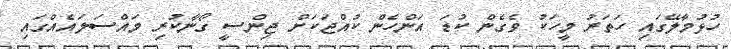
ހުޅުމާލޭގައި ހަތަރު މީހަކު ވެގެން ކުޑަ އަންހެން ކުއްޖަކަށް ޖިންސީ ގޯނާކުރި މައްސަލައެއްގައި